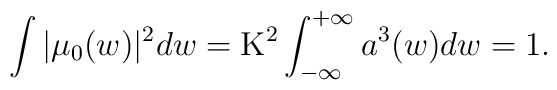
\int |\mu_0(w)|^2 dw ={\rm K}^2 \int_{-\infty}^{+\infty} a^3(w) dw =1.